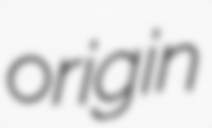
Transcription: origin